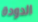
الدودة